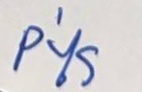
P'ไร